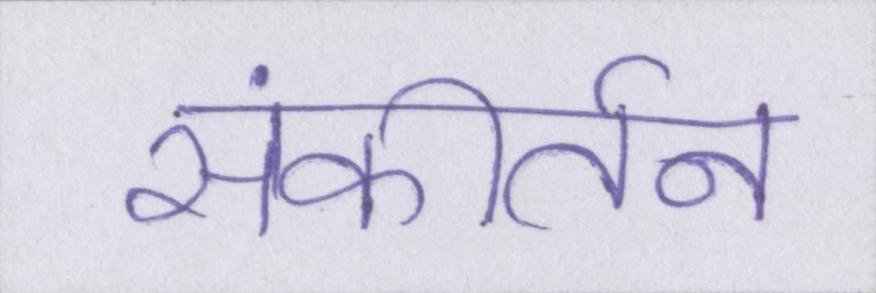
संकीर्तन